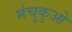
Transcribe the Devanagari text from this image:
मंचुकुओ